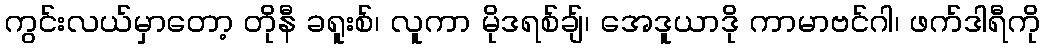
ကွင်းလယ်မှာတော့ တိုနီ ခရူးစ်၊ လူကာ မိုဒရစ်ချ်၊ အေဒူယာဒို ကာမာဗင်ဂါ၊ ဖက်ဒါရီကို